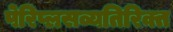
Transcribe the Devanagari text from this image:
पेरिप्लसव्यतिरिक्त